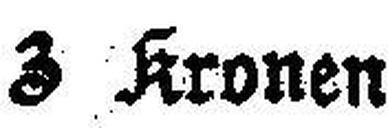
3 Kronen